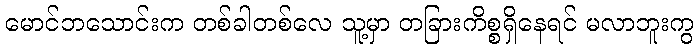
မောင်ဘသောင်းက တစ်ခါတစ်လေ သူ့မှာ တခြားကိစ္စရှိနေရင် မလာဘူးကွ